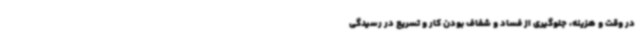
در وقت و هزینه، جلوگیری از فساد و شفاف بودن کار و تسریع در رسیدگی